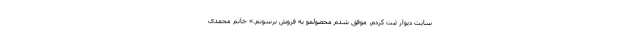
سایت دیوار ثبت کردم، موفق شدم محصولمو به فروش برسونم.» خانم محمدی